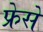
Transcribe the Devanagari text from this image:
फ्रेसे